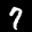
Label: 7